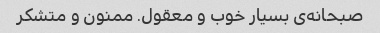
صبحانه‌ی بسیار خوب و معقول. ممنون و متشکر